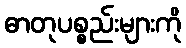
ဓာတုပစ္စည်းများကို